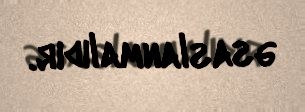
əsaslanmalıdır.